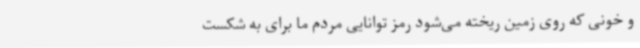
و خونی که روی زمین ریخته می‌شود رمز توانایی مردم ما برای به شکست